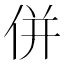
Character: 併